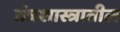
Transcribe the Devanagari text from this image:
तंत्रशास्त्रातील